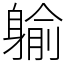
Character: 䠼